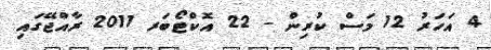
4 އަހަރު 12 މަސް ކުރިން - 22 އޮކްޓޯބަރ 2011 ރާއްޖޭގައި